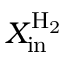
X _ { \mathrm { i n } } ^ { \mathrm { H _ { 2 } } }